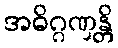
အဓိဂ္ဂဏှန္တိ